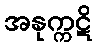
အနုက္ကဋိ